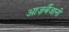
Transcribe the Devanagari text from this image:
आज़र्बैजानी